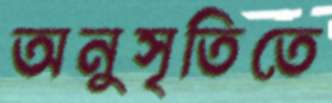
অনুসৃতিতে